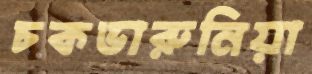
চকভারুনিয়া